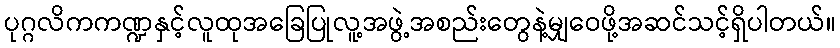
ပုဂ္ဂလိကကဏ္ဍနှင့်လူထုအခြေပြုလူ့အဖွဲ့အစည်းတွေနဲ့မျှဝေဖို့အဆင်သင့်ရှိပါတယ်။